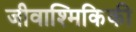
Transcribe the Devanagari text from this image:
जीवाश्मिकिकी